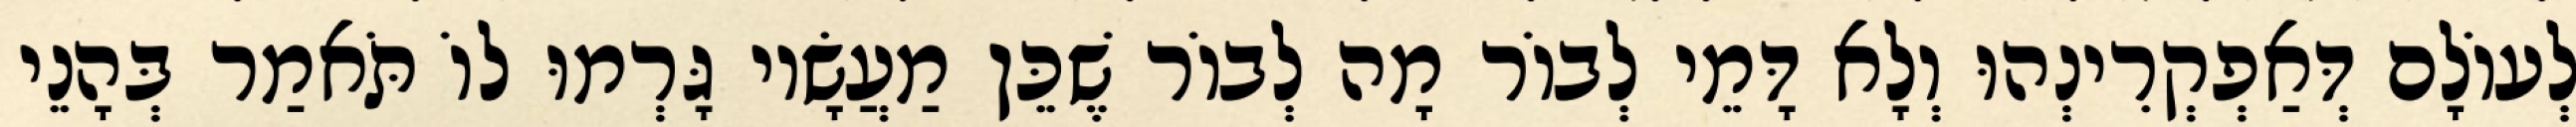
לְעוֹלָם דְּאַפְקְרִינְהוּ וְלָא דָּמֵי לְבוֹר מָה לְבוֹר שֶׁכֵּן מַעֲשָׂיו גָּרְמוּ לוֹ תֹּאמַר בְּהָנֵי